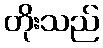
တိုးသည်